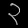
Digit: ၃